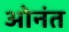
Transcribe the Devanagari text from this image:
ओनंत